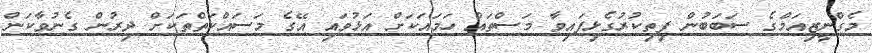
މެގްނީޒިއަމްގެ ސަބަބުން ފިތިކުރުގެޅިފައިވާ މަސްތައް ހަމައަކަށް އަޅުވައި އޭގެ މަސައްކަތްތަކަށް ދިރުން ގެނުވާކަން